Annual report of the Camel Specialist
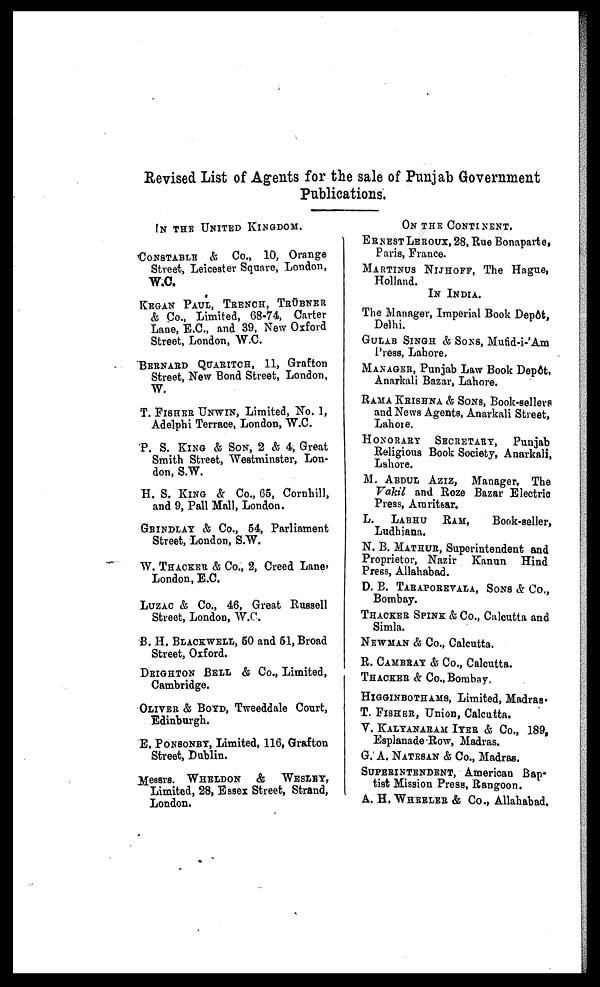
Revised List of Agents for the sale of Punjab Government
Publications.
IN THE UNITED KINGDOM.
CONSTABLE & Co., 10, Orange
Street, Leicester Square, London,
W.C.
KEGAN PAUL, TRENCH, TRÜBNER
& Co., Limited, 68-74, Carter
Lane, E.C., and 39, New Oxford
Street, London, W.C.
BERNARD QUARTCH, 11, Grafton
Street, New Bond Street, London,
W.
T. FISHER UNWIN, Limited, No. 1,
Adelphi Terrace, London, W.C.
P. S. KING & SON, 2 & 4, Great
Smith Street, Westminster, Lon-
don, S.W.
H. S. KING & Co., 65, Cornhill,
and 9, Pall Mall, London.
GRINDLAY & Co., 54, Parliament
Street, London, S.W.
W. THACKER & Co., 2, Creed Lane,
London, E.C.
LUZAC & Co., 46, Great Russell
Street, London, W.C.
B. H. BLACKWELL, 50 and 51, Broad
Street, Oxford.
DEIGHTON BELL & Co., Limited,
Cambridge.
OLIVER & BOYD, Tweeddale Court,
Edinburgh.
E. PONSONBY, Limited, 116, Grafton
Street, Dublin.
Messrs. WHELDON & WESLEY,
Limited, 28, Essex Street, Strand,
London.
ON THE CONTINENT.
ERNEST LEROUX, 28, Rue Bonaparte,
Paris, France.
MARTINUS NIJHOFF, The Hague,
Holland.
IN INDIA.
The Manager, Imperial Book Depôt,
Delhi.
GULAB SINGH & SONS, Mufid-i-'Am
Press, Lahore.
MANAGER, Punjab Law Book Depot,
Anarkali Bazar, Lahore.
RAMA KRISHNA & SONS, Book-sellers
and News Agents, Anarkali Street,
Lahore.
HONORARY SECRETARY, Punjab
Religious Book Society, Anarkali,
Lahore.
M. ABDUL AZIZ, Manager, The
Vakil and Roze Bazar Electric
Press, Amritsar.
L. LABHU RAM, Book-seller,
Ludhiana.
N. B. MATHUR, Superintendent and
Proprietor, Nazir Kanun Hind
Press, Allahabad.
D. B. TARAPOREVALA, SONS & Co.,
Bombay.
THACKER SPINK & Co., Calcutta and
Simla.
NEWMAN & Co., Calcutta.
R. CAMBRAY & Co., Calcutta.
THACKER & Co., Bombay.
HIGGINBOTHAMS, Limited, Madras.
T. FISHER, Union, Calcutta.
V. KALYANARAM IYER & Co., 189,
Esplanade Row, Madras.
G. A. NATESAN & Co., Madras.
SUPERINTENDENT, American Bap-
tist Mission Press, Rangoon.
A. H. WHEELER & Co., Allahabad.